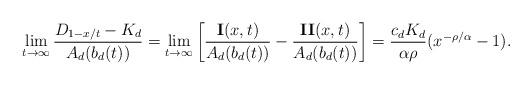
LaTeX: \begin{align*} \lim_{t\to \infty} \frac{D_{1-x/t}-K_{d}}{A_{d}(b_{d}(t))} = \lim_{t\to \infty}\left[ \frac{{\bf{I}}(x,t)}{A_{d}(b_{d}(t))} - \frac{{\bf{II}}(x,t)}{A_{d}(b_{d}(t))} \right]= \frac{c_{d}K_{d}}{\alpha \rho}(x^{-\rho/\alpha}-1).\end{align*}